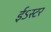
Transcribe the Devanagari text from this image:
ईऽस्टर